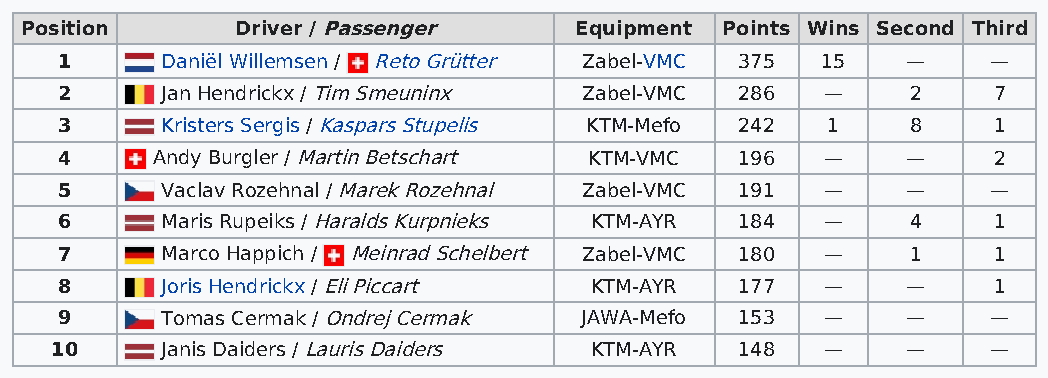
Position       Driver / Passenger    Equipment Points Wins Second Third
 1      Daniël Willemsen / Reto Grütter Zabel-VMC 375 15 —     —
 2      Jan Hendrickx / Tim Smeuninx Zabel-VMC 286  —    2     7
 3      Kristers Sergis / Kaspars Stupelis KTM-Mefo 242 1 8    1
 4     Andy Burgler / Martin Betschart KTM-VMC 196  —    —     2
 5      Vaclav Rozehnal / Marek Rozehnal Zabel-VMC 191 — —     —
 6      Maris Rupeiks / Haralds Kurpnieks KTM-AYR 184 —  4     1
 7      Marco Happich / Meinrad Schelbert Zabel-VMC 180 — 1    1
 8      Joris Hendrickx / Eli Piccart KTM-AYR 177   —    —     1
 9      Tomas Cermak / Ondrej Cermak JAWA-Mefo 153  —    —     —
 10      Janis Daiders / Lauris Daiders KTM-AYR 148  —    —     —